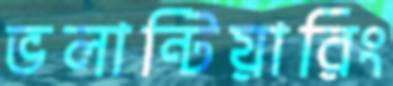
ভলান্টিয়ারিং